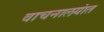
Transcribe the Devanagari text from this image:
वाचनालयांत